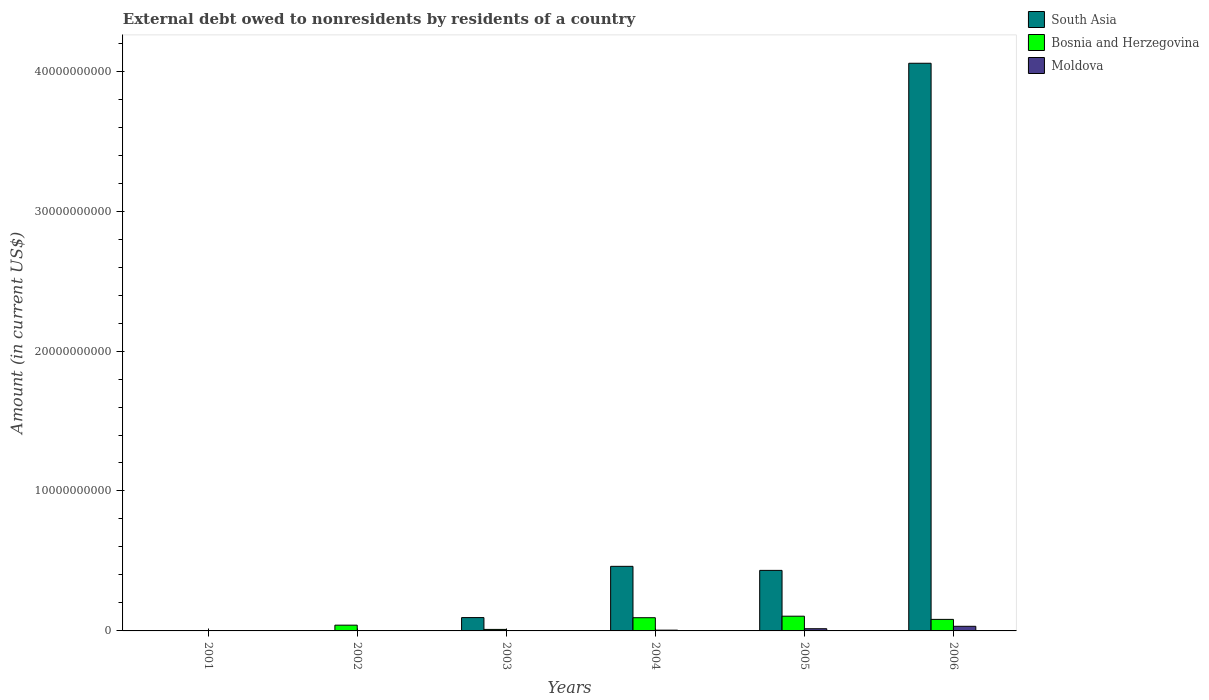
| Years | South Asia | Bosnia and Herzegovina | Moldova |
 | --- | --- | --- | --- |
 | 2001 | -7.24e+08 | -3.35e+07 | -1.95e+07 |
 | 2002 | -2.19e+08 | 4.11e+08 | -1.63e+07 |
 | 2003 | 9.53e+08 | 1.08e+08 | 2.88e+07 |
 | 2004 | 4.62e+09 | 9.45e+08 | 5.47e+07 |
 | 2005 | 4.33e+09 | 1.05e+09 | 1.57e+08 |
 | 2006 | 4.06e+10 | 8.25e+08 | 3.3e+08 |